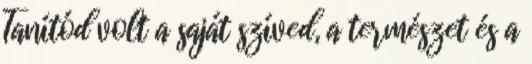
Tanítód volt a saját szíved, a természet és a